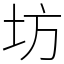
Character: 坊